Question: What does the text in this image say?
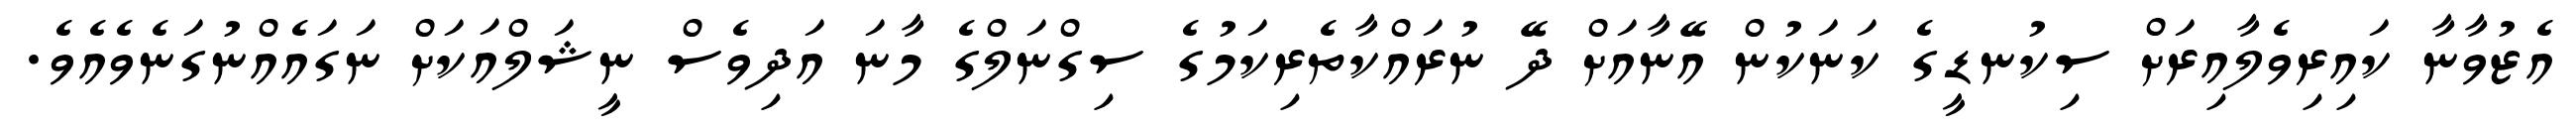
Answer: އެޒުވާނާ ކައިރިވެލާއިރަށް ސިކުނޑީގެ ކަނަކުން އޭނާއަށް ދޭ ނުރައްކާތެރިކަމުގެ ސިގްނަލްގެ މާނަ އަދިވެސް ނީޝަލްއަކަށް ނަގައެއްނުގަނެވެއެވެ.